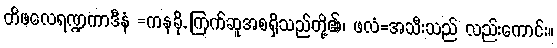
တိဖလေရဏ္ဍကာဒီနံ =ကနခို, ကြက်ဆူအစရှိသည်တို့၏၊ ဖလံ=အသီးသည် လည်းကောင်း။